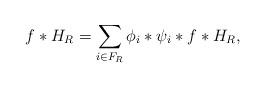
LaTeX: \begin{align*} f*H_R=\sum_{i\in F_R} \phi_i*\psi_i*f*H_R,\end{align*}